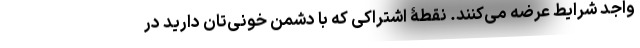
واجد شرایط عرضه می‌کنند. نقطۀ اشتراکی که با دشمن خونی‌تان دارید در